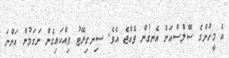
އެ މީހުންގެ ސޭލްސްއަށް އެނގުން ވެއްޖެ އެވެ. ސިނގިރޭޓު ވިއްކައިގެން ނަގަމުން އަންނަ